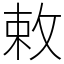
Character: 敕